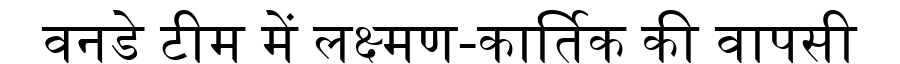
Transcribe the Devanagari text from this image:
वनडे टीम में लक्ष्मण-कार्तिक की वापसी